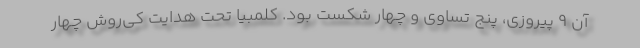
آن ۹ پیروزی، پنج تساوی و چهار شکست بود. کلمبیا تحت هدایت کی‌روش چهار